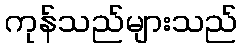
ကုန်သည်များသည်